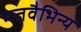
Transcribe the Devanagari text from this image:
मतवैभिन्य